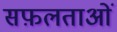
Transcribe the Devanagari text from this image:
सफ़लताओं